Civil Veterinary Dept. Assam report 1927-50 - 1927-1950
Year: 1927
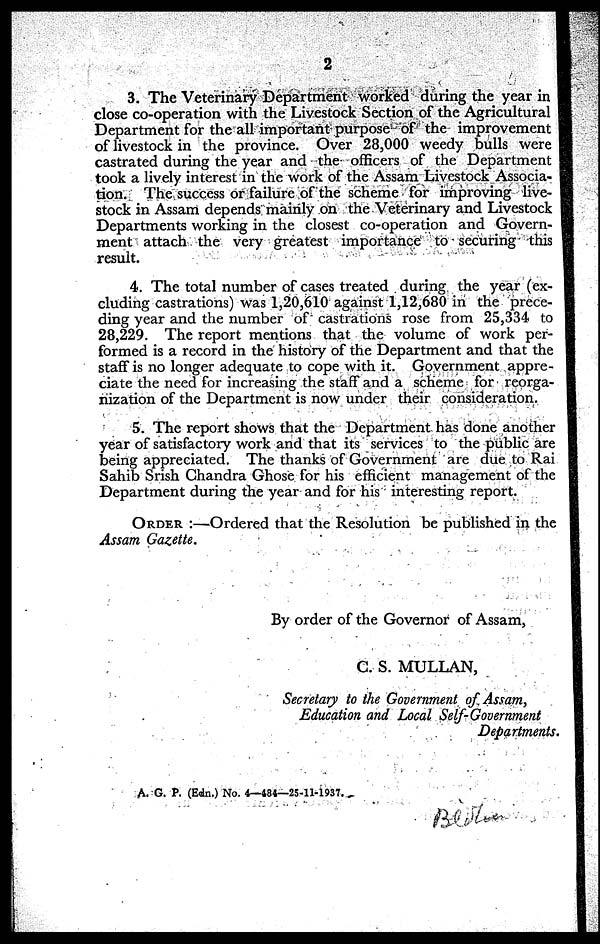
2
3. The Veterinary Department worked during the year in
close co-operation with the Livestock Section of the Agricultural
Department for the all important purpose of the improvement
of livestock in the province. Over 28,000 weedy bulls were
castrated during the year and the officers of the Department
took a lively interest in the work of the Assam Livestock Associa-
tion. The success or failure of the scheme for improving live-
stock in Assam depends mainly on the Veterinary and Livestock
Departments working in the closest co-operation and Govern-
ment attach the very greatest importance to securing this
result.
4. The total number of cases treated during the year (ex-
cluding castrations) was 1,20,610 against 1,12,680 in the prece-
ding year and the number of castrations rose from 25,334 to
28,229. The report mentions that the volume of work per-
formed is a record in the history of the Department and that the
staff is no longer adequate to cope with it. Government appre-
ciate the need for increasing the staff and a scheme for reorga-
nization of the Department is now under their consideration.
5. The report shows that the Department has done another
year of satisfactory work and that its services to the public are
being appreciated. The thanks of Government are due to Rai
Sahib Srish Chandra Ghose for his efficient management of the
Department during the year and for his interesting report.
ORDER :—Ordered that the Resolution be published in the
Assam Gazette.
By order of the Governor of Assam,
G. S. MULLAN,
Secretary to the Government of Assam,
Education and Local Self-Government
Departments
A. G. P. (Edn.) No. 4—484—25-11-1937.